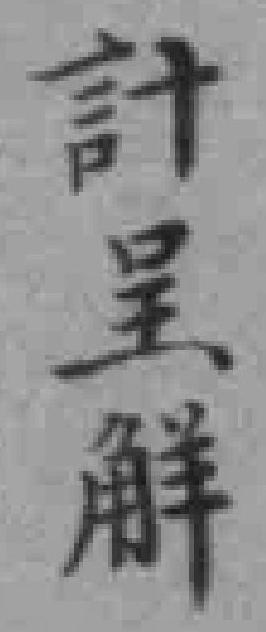
計呈觧